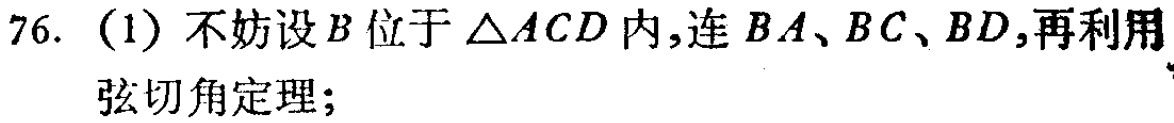
76. （1）不妨设\(B\)位于\(\triangle ACD\)内,连\(BA\)、\(BC\)、\(BD\),再利用弦切角定理;